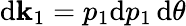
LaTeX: \mathrm{d}{\mathbf{k}}_{1}=p_{1}\mathrm{d}p_{1}\, \mathrm{d}\theta